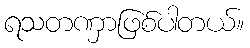
ရသတဏှာဖြစ်ပါတယ်။